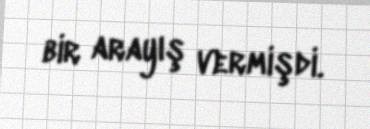
bir arayış vermişdi.